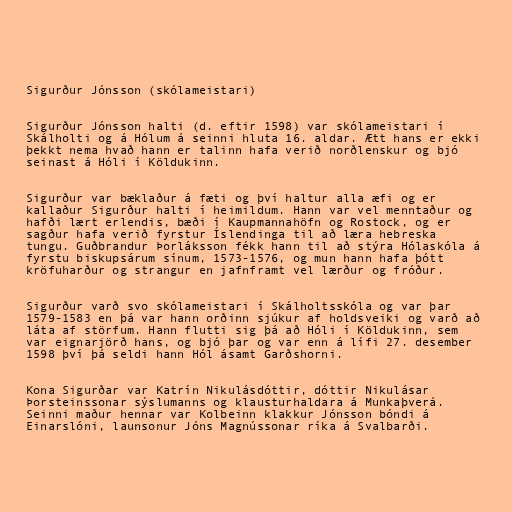
Sigurður Jónsson (skólameistari)

Sigurður Jónsson halti (d. eftir 1598) var skólameistari í
Skálholti og á Hólum á seinni hluta 16. aldar. Ætt hans er ekki
þekkt nema hvað hann er talinn hafa verið norðlenskur og bjó
seinast á Hóli í Köldukinn.

Sigurður var bæklaður á fæti og því haltur alla æfi og er
kallaður Sigurður halti í heimildum. Hann var vel menntaður og
hafði lært erlendis, bæði í Kaupmannahöfn og Rostock, og er
sagður hafa verið fyrstur Íslendinga til að læra hebreska
tungu. Guðbrandur Þorláksson fékk hann til að stýra Hólaskóla á
fyrstu biskupsárum sínum, 1573-1576, og mun hann hafa þótt
kröfuharður og strangur en jafnframt vel lærður og fróður.

Sigurður varð svo skólameistari í Skálholtsskóla og var þar
1579-1583 en þá var hann orðinn sjúkur af holdsveiki og varð að
láta af störfum. Hann flutti sig þá að Hóli í Köldukinn, sem
var eignarjörð hans, og bjó þar og var enn á lífi 27. desember
1598 því þá seldi hann Hól ásamt Garðshorni.

Kona Sigurðar var Katrín Nikulásdóttir, dóttir Nikulásar
Þorsteinssonar sýslumanns og klausturhaldara á Munkaþverá.
Seinni maður hennar var Kolbeinn klakkur Jónsson bóndi á
Einarslóni, launsonur Jóns Magnússonar ríka á Svalbarði.